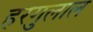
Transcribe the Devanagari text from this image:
हरगुलाल